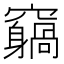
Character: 𥨵